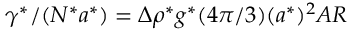
\gamma ^ { * } / ( N ^ { * } a ^ { * } ) = \Delta \rho ^ { * } g ^ { * } ( { 4 \pi } / { 3 } ) ( a ^ { * } ) ^ { 2 } A R ~